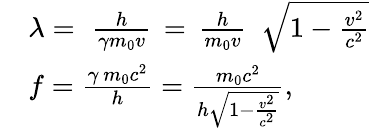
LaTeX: {\begin{array}{rl}&{\lambda=\, \, {\frac{h}{\gamma m_{0}v}}\, =\, {\frac{h}{m_{0}v}}\, \, \, {\sqrt{1-{\frac{v^{2}}{c^{2}}}}}}\\ &{f={\frac{\gamma\, m_{0}c^{2}}{h}}={\frac{m_{0}c^{2}}{h{\sqrt{1-{\frac{v^{2}}{c^{2}}}}}}},}\end{array}}